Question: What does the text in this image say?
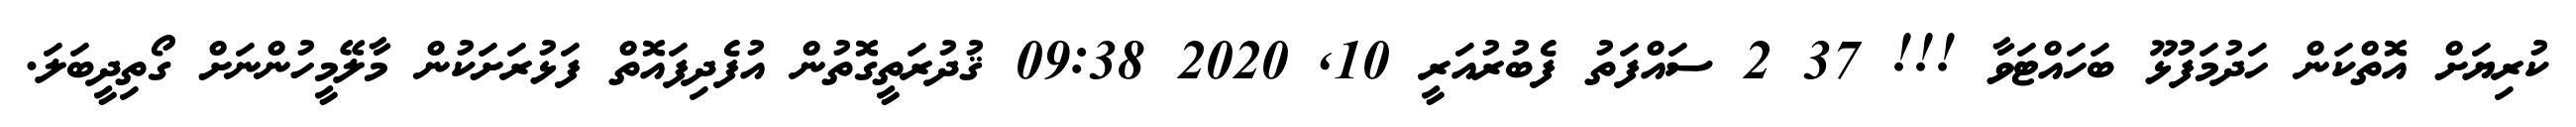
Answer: ކުރިޔަށް އޮތްކަން ހަދުމަފުޅޫ ބަހައްޓަވާ !!! 37 2 ސައްފަތު ފެބުރުއަރީ 10, 2020 09:38 ޤުދުރަތީގޮތުން އުފެދިފައޮތް ފަޅުރަށަކުން މާލޭމީހުންނަށް ގޯތިދީބަލަ.